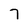
Character: 7